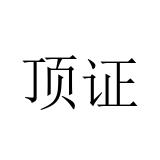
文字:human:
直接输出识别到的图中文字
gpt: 顶证